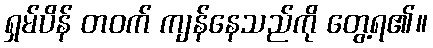
ရှမ်ပိန် တဝက် ကျန်နေသည်ကို တွေ့ရ၏။